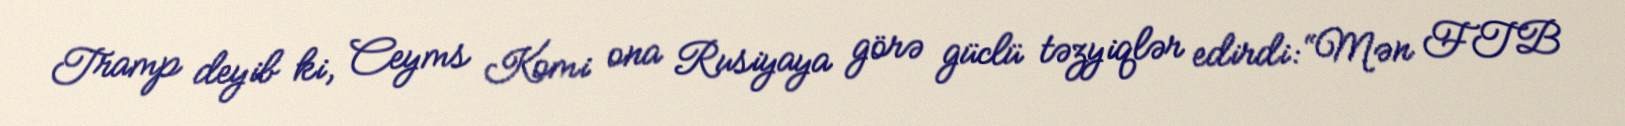
Tramp deyib ki, Ceyms Komi ona Rusiyaya görə güclü təzyiqlər edirdi: “Mən FTB